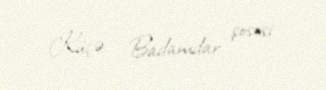
Küçə - Badamdar şosesi